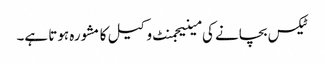
ٹیکس بچانے کی مینیجمنٹ وکیل کا مشورہ ہوتا ہے۔